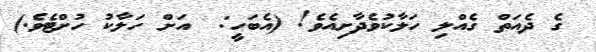
ގެ ދެއަތް ގެއްލި ހަލާކުވެދާށިއެވެ! (އެބަހީ:  އަށް ހަލާކު ހުށްޓެވެ.)